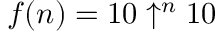
f ( n ) = 1 0 \uparrow ^ { n } 1 0